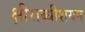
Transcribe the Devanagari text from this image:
क्षीराब्धीशयन